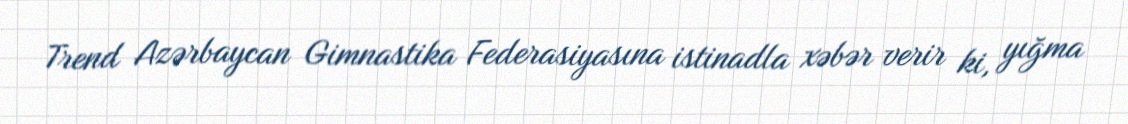
Trend Azərbaycan Gimnastika Federasiyasına istinadla xəbər verir ki, yığma